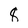
Character: 8